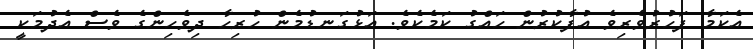
އެކަމާ ފަހުރުވެރިވެ އުފާކުރުން ހައްގު ކަމެކެވެ. އަޅުގަނޑުމެން ހުރިހާ ދިވެހިންގެ ވެސް އެދުމަކީ